Papers set at the Examination for Leaving Certificates, 1890
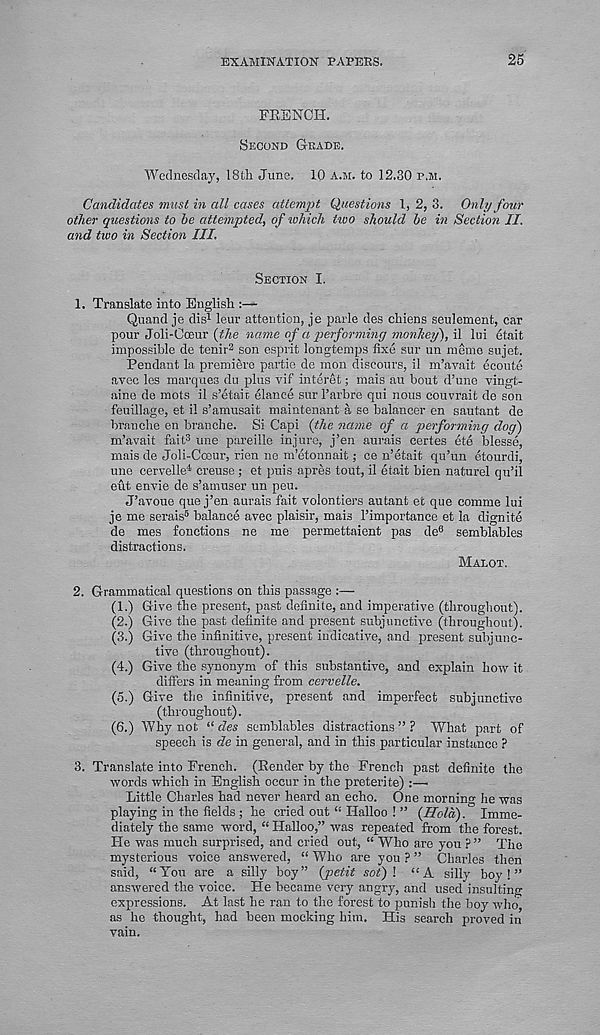
EXAMINATION PAPERS.
25
FRENCH.
SECOND GRADE.
Wednesday, 18t]a June. 10 A.M. to 12.30 P.M.
Candidates must in all cases attempt Questions 1, 2, 3. Only four
other questions to he attempted, of which iivo should he in Section II.
and two in Section III.
SECTION I.
1.
Translate into English
Quand je dis 1 leur attention, je parle des chiens seulement, car
pour Joli-Coeur {the name of a performing monhey), il lui etait
impossible de tenir 2 son esprit longtemps fixe sur un memo sujet.
Pendant la premiere partie de mon discours, il m’ayait ecoute
avec les marques dn plus vif interet; mais au bout d’une vingt-
aine de mots il s’etait elance sur I’arbre qui nous eouvrait de son
feuillage, et il s’amusait maintenant a se balancer en sautant de
brauche en branche. Si Capi {the name of a performing dog)
m’avait fait 3
*
une
mais de Joli-Cceur, rien ne m’etonnait; ce n’etait qu’un etourdi,
une cervelle" 1 creuse ; et puis apres tout, il etait bien naturel qu’il
eut envie de s’amuser un peu.
J’avoue que j’en aurais fait volontiers autant et que comme lui
je me serais 5 balance avec plaisir, mais Fimportance et la dignite
de mes fonctions ne me permettaient pas de 6 semblables
distractions.
MALOT.
2. Grammatical questions on this passage :—
(1.) Give the present, past definite, and imperative (throughout).
(2.) Give the past definite and present subjunctive (throughout).
(3.) Give the infinitive, present indicative, and present subjunc-
tive (throughout).
(4.) Give the synonym of this substantive, and explain how it
differs in meaning from cervelle.
(5.) Give the infinitive, present and imperfect subjunctive
(throughout).
(6.) Why not “ des semblables distractions ” ? What part of
speech is de in general, and in this particular instance ?
3. Translate into French. (Render by the French past definite the
words which in English occur in the preterite) :—•
Little Charles had never heard an echo. One morning he was
playing in the fields ; he cried out “ Halloo ! ” {Hola). Imme-
diately the same word, “ Halloo,” was repeated from the forest.
He was much surprised, and cried out, “ Who are you ? ” The
mysterious voice answered, “ Who are you ? ” Charles then
said, “You are a silly boy” (petit sot)! “A silly boy!”
answered the voice. He became very angry, and used insulting
expressions. At last he ran to the forest to punish the boy who
as he thought, had been mocking him. His search proved in
vain.